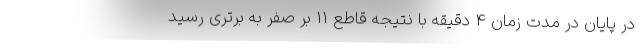
در پایان در مدت زمان ۴ دقیقه با نتیجه قاطع ۱۱ بر صفر به برتری رسید